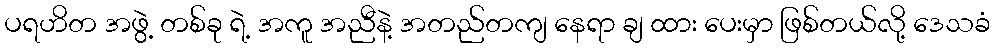
ပရဟိတ အဖွဲ့ တစ်ခု ရဲ့ အကူ အညီနဲ့ အတည်တကျ နေရာ ချ ထား ပေးမှာ ဖြစ်တယ်လို့ ဒေသခံ